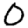
Digit: 0